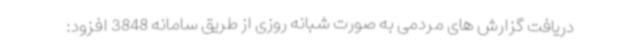
دریافت گزارش های مردمی به صورت شبانه روزی از طریق سامانه 3848 افزود: